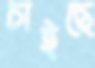
চাইছে